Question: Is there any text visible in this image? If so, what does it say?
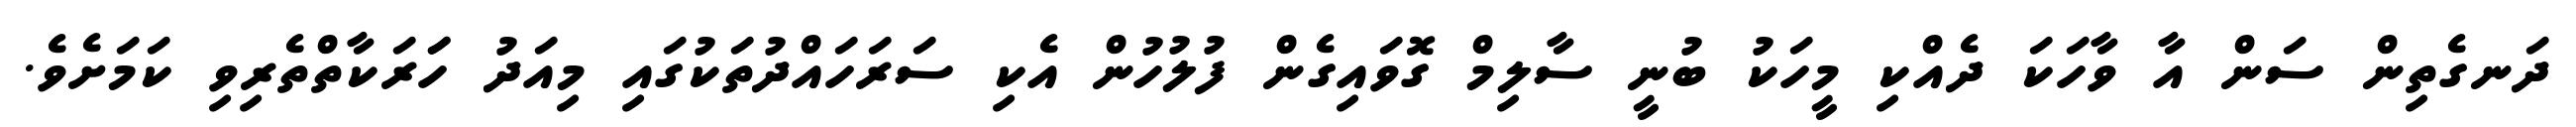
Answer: ދަނގެތިން ސަން އާ ވާހަކަ ދެއްކި މީހަކު ބުނީ ސާލިމް ގޮވައިގެން ފުލުހުން އެކި ސަރަހައްދުތަކުގައި މިއަދު ހަަރަކާތްތެރިވި ކަމަށެވެ.